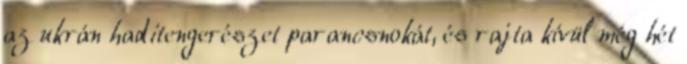
az ukrán haditengerészet parancsnokát, és rajta kívül még hét